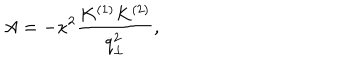
LaTeX: A = - \kappa ^ { 2 } \frac { K ^ { ( 1 ) } K ^ { ( 2 ) } } { q _ { \perp } ^ { 2 } } ,